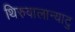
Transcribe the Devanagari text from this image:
थिरुवालान्याटु